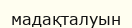
мадақталуын